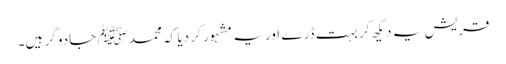
قریش یہ دیکھ کر بہت ڈرے اور یہ مشہور کر دیا کہ محمد ﷺ جادو گر ہیں۔